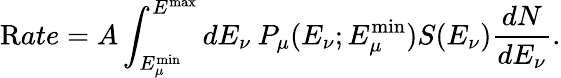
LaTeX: {\mathrm Rate}=A\int_{E_{\mu}^{\mathrm{min}}}^{E^{\mathrm{max}}}dE_{\nu}\: P_{\mu}(E_{\nu};E_{\mu}^{\mathrm{min}})S(E_{\nu}){\frac{dN}{dE_{\nu}}}.